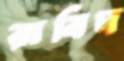
রাবিদ